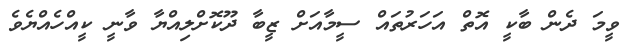
ވީމަ ދެން ބާކީ އޮތް އަހަރުތައް ސީމާއަށް ޒީބާ ދޫކޮށްލިއްޔާ ވާނީ ކީއްހެއްޔެވެ